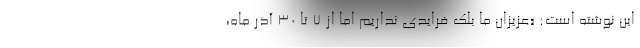
این نوشته است: «عزیزان ما بلک فرایدی نداریم اما از ۷ تا ۳۰ آذر ماه،